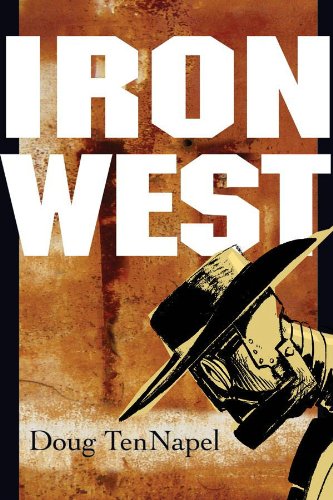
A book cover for Iron West; Doug TenNapel; Comics & Graphic Novels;